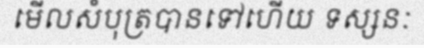
មើលសំបុត្របានទៅហើយ ទស្សនៈ